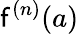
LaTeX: \mathsf{f}^{(n)}(a)